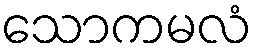
သောကမလံ